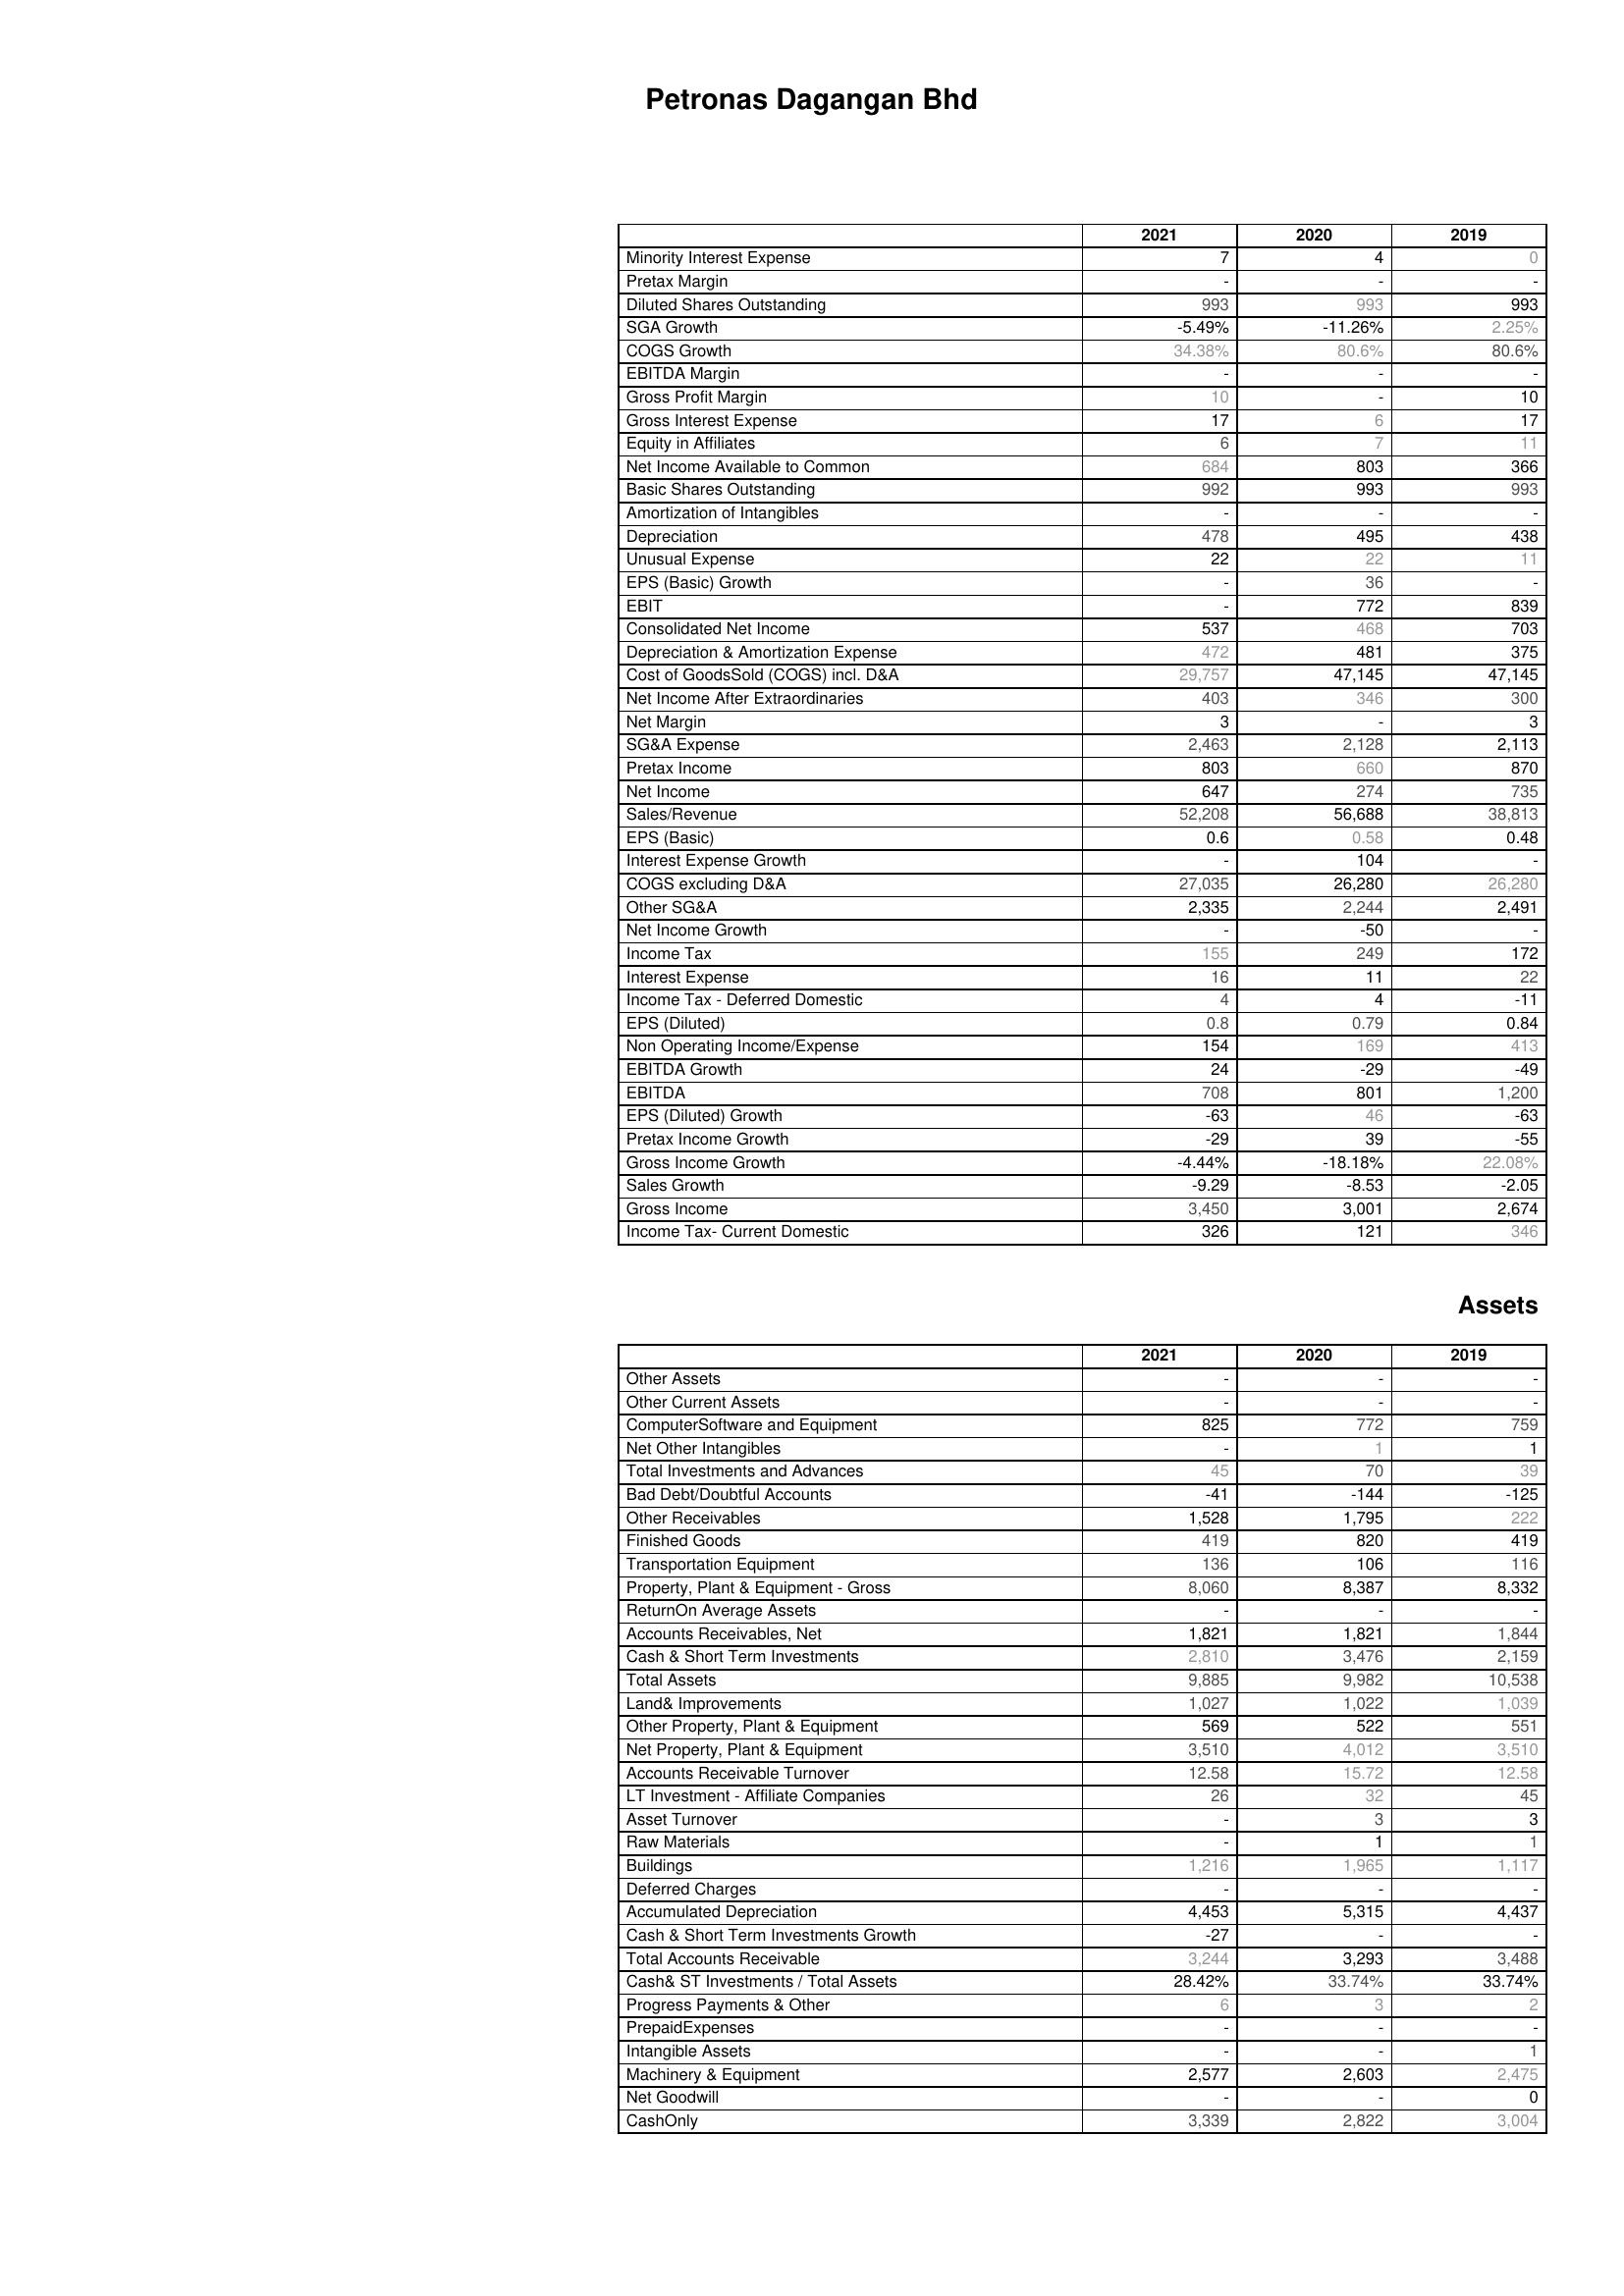
2021: : Minority Interest Expense: 7
Pretax Margin: -
Diluted Shares Outstanding: 993
SGA Growth: -5.49%
COGS Growth: 34.38%
EBITDA Margin: -
Gross Profit Margin: 10
Gross Interest Expense: 17
Equity in Affiliates: 6
Net Income Available to Common: 684
Basic Shares Outstanding: 992
Amortization of Intangibles: -
Depreciation: 478
Unusual Expense: 22
EPS (Basic) Growth: -
EBIT: -
Consolidated Net Income: 537
Depreciation & Amortization Expense: 472
Cost of GoodsSold (COGS) incl. D&A: 29,757
Net Income After Extraordinaries: 403
Net Margin: 3
SG&A Expense: 2,463
Pretax Income: 803
Net Income: 647
Sales/Revenue: 52,208
EPS (Basic): 0.6
Interest Expense Growth: -
COGS excluding D&A: 27,035
Other SG&A: 2,335
Net Income Growth: -
Income Tax: 155
Interest Expense: 16
Income Tax - Deferred Domestic: 4
EPS (Diluted): 0.8
Non Operating Income/Expense: 154
EBITDA Growth: 24
EBITDA: 708
EPS (Diluted) Growth: -63
Pretax Income Growth: -29
Gross Income Growth: -4.44%
Sales Growth: -9.29
Gross Income: 3,450
Income Tax- Current Domestic: 326
Assets: Other Assets: -
Other Current Assets: -
ComputerSoftware and Equipment: 825
Net Other Intangibles: -
Total Investments and Advances: 45
Bad Debt/Doubtful Accounts: -41
Other Receivables: 1,528
Finished Goods: 419
Transportation Equipment: 136
Property, Plant & Equipment - Gross : 8,060
ReturnOn Average Assets: -
Accounts Receivables, Net: 1,821
Cash & Short Term Investments: 2,810
Total Assets: 9,885
Land& Improvements: 1,027
Other Property, Plant & Equipment: 569
Net Property, Plant & Equipment: 3,510
Accounts Receivable Turnover: 12.58
LT Investment - Affiliate Companies: 26
Asset Turnover: -
Raw Materials: -
Buildings: 1,216
Deferred Charges: -
Accumulated Depreciation: 4,453
Cash & Short Term Investments Growth: -27
Total Accounts Receivable: 3,244
Cash& ST Investments / Total Assets: 28.42%
Progress Payments & Other: 6
PrepaidExpenses: -
Intangible Assets: -
Machinery & Equipment: 2,577
Net Goodwill: -
CashOnly: 3,339
2020: : Minority Interest Expense: 4
Pretax Margin: -
Diluted Shares Outstanding: 993
SGA Growth: -11.26%
COGS Growth: 80.6%
EBITDA Margin: -
Gross Profit Margin: -
Gross Interest Expense: 6
Equity in Affiliates: 7
Net Income Available to Common: 803
Basic Shares Outstanding: 993
Amortization of Intangibles: -
Depreciation: 495
Unusual Expense: 22
EPS (Basic) Growth: 36
EBIT: 772
Consolidated Net Income: 468
Depreciation & Amortization Expense: 481
Cost of GoodsSold (COGS) incl. D&A: 47,145
Net Income After Extraordinaries: 346
Net Margin: -
SG&A Expense: 2,128
Pretax Income: 660
Net Income: 274
Sales/Revenue: 56,688
EPS (Basic): 0.58
Interest Expense Growth: 104
COGS excluding D&A: 26,280
Other SG&A: 2,244
Net Income Growth: -50
Income Tax: 249
Interest Expense: 11
Income Tax - Deferred Domestic: 4
EPS (Diluted): 0.79
Non Operating Income/Expense: 169
EBITDA Growth: -29
EBITDA: 801
EPS (Diluted) Growth: 46
Pretax Income Growth: 39
Gross Income Growth: -18.18%
Sales Growth: -8.53
Gross Income: 3,001
Income Tax- Current Domestic: 121
Assets: Other Assets: -
Other Current Assets: -
ComputerSoftware and Equipment: 772
Net Other Intangibles: 1
Total Investments and Advances: 70
Bad Debt/Doubtful Accounts: -144
Other Receivables: 1,795
Finished Goods: 820
Transportation Equipment: 106
Property, Plant & Equipment - Gross : 8,387
ReturnOn Average Assets: -
Accounts Receivables, Net: 1,821
Cash & Short Term Investments: 3,476
Total Assets: 9,982
Land& Improvements: 1,022
Other Property, Plant & Equipment: 522
Net Property, Plant & Equipment: 4,012
Accounts Receivable Turnover: 15.72
LT Investment - Affiliate Companies: 32
Asset Turnover: 3
Raw Materials: 1
Buildings: 1,965
Deferred Charges: -
Accumulated Depreciation: 5,315
Cash & Short Term Investments Growth: -
Total Accounts Receivable: 3,293
Cash& ST Investments / Total Assets: 33.74%
Progress Payments & Other: 3
PrepaidExpenses: -
Intangible Assets: -
Machinery & Equipment: 2,603
Net Goodwill: -
CashOnly: 2,822
2019: : Minority Interest Expense: 0
Pretax Margin: -
Diluted Shares Outstanding: 993
SGA Growth: 2.25%
COGS Growth: 80.6%
EBITDA Margin: -
Gross Profit Margin: 10
Gross Interest Expense: 17
Equity in Affiliates: 11
Net Income Available to Common: 366
Basic Shares Outstanding: 993
Amortization of Intangibles: -
Depreciation: 438
Unusual Expense: 11
EPS (Basic) Growth: -
EBIT: 839
Consolidated Net Income: 703
Depreciation & Amortization Expense: 375
Cost of GoodsSold (COGS) incl. D&A: 47,145
Net Income After Extraordinaries: 300
Net Margin: 3
SG&A Expense: 2,113
Pretax Income: 870
Net Income: 735
Sales/Revenue: 38,813
EPS (Basic): 0.48
Interest Expense Growth: -
COGS excluding D&A: 26,280
Other SG&A: 2,491
Net Income Growth: -
Income Tax: 172
Interest Expense: 22
Income Tax - Deferred Domestic: -11
EPS (Diluted): 0.84
Non Operating Income/Expense: 413
EBITDA Growth: -49
EBITDA: 1,200
EPS (Diluted) Growth: -63
Pretax Income Growth: -55
Gross Income Growth: 22.08%
Sales Growth: -2.05
Gross Income: 2,674
Income Tax- Current Domestic: 346
Assets: Other Assets: -
Other Current Assets: -
ComputerSoftware and Equipment: 759
Net Other Intangibles: 1
Total Investments and Advances: 39
Bad Debt/Doubtful Accounts: -125
Other Receivables: 222
Finished Goods: 419
Transportation Equipment: 116
Property, Plant & Equipment - Gross : 8,332
ReturnOn Average Assets: -
Accounts Receivables, Net: 1,844
Cash & Short Term Investments: 2,159
Total Assets: 10,538
Land& Improvements: 1,039
Other Property, Plant & Equipment: 551
Net Property, Plant & Equipment: 3,510
Accounts Receivable Turnover: 12.58
LT Investment - Affiliate Companies: 45
Asset Turnover: 3
Raw Materials: 1
Buildings: 1,117
Deferred Charges: -
Accumulated Depreciation: 4,437
Cash & Short Term Investments Growth: -
Total Accounts Receivable: 3,488
Cash& ST Investments / Total Assets: 33.74%
Progress Payments & Other: 2
PrepaidExpenses: -
Intangible Assets: 1
Machinery & Equipment: 2,475
Net Goodwill: 0
CashOnly: 3,004